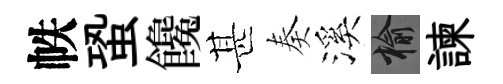
帙蛩饞甚奏溪榆諫